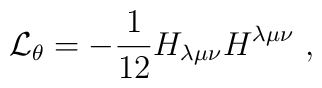
{\cal L}_\theta = - \frac{1}{12}  H_{\lambda \mu \nu }H ^{\lambda\mu \nu} ~,